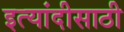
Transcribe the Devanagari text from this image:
इत्यांदीसाठी